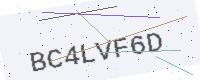
Text: BC4LVF6D